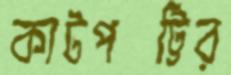
কাটপট্টির